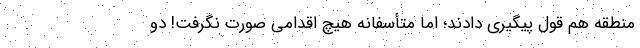
منطقه هم قول پیگیری دادند؛ اما متأسفانه هیچ اقدامی صورت نگرفت! دو